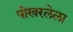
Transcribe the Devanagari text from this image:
पोखरलेला